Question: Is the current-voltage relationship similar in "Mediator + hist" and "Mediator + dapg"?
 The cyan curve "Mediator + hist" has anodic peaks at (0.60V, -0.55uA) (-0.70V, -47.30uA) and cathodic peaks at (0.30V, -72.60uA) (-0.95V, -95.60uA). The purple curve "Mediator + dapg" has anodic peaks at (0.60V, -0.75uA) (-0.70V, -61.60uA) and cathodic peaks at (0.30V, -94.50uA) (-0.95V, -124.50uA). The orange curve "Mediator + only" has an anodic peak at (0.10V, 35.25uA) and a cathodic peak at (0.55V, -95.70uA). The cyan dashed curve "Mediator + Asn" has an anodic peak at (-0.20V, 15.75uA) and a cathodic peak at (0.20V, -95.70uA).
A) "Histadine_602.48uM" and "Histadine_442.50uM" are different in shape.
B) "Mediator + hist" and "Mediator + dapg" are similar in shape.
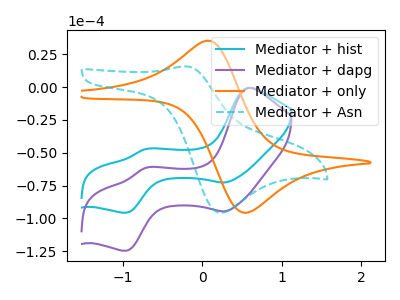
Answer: <think>All the peaks in "Mediator + hist" have a peak in "Mediator + dapg" at the same potential.
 </think>
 <answer>B) "Mediator + hist" and "Mediator + dapg" are similar in shape.</answer>
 <eval>B</eval>